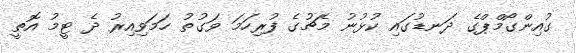
ގުއިންގޯމްޕްގެ ދަނޑުގައި ކުޅުނު މެޗުގެ ފުރިހަމަ ވަގުތު ހަމަވިއިރު ދެ ޓީމު އޮތީ